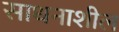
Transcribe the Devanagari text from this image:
साधनाशील